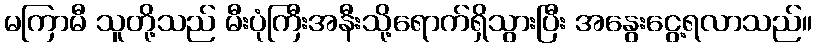
မကြာမီ သူတို့သည် မီးပုံကြီးအနီးသို့ရောက်ရှိသွားပြီး အနွေးငွေ့ရလာသည်။